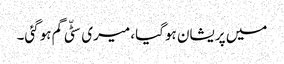
میں پریشان ہوگیا، میری سٹّی گم ہوگئی۔